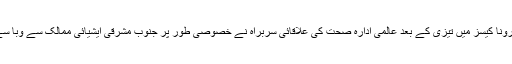
چین، جنوبی کوریا اور ایران کے بعد ایشیا کے دیگر ممالک میں بھی کورونا کیسز میں تیزی کے بعد عالمی ادارہ صحت کی علاقائی سربراہ نے خصوصی طور پر جنوب مشرقی ایشیائی ممالک سے وبا سے نمٹنے کے لیے ہنگامی بنیادوں پر سخت اقدامات اٹھانے کا مطالبہ کیا۔